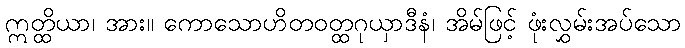
ဣတ္ထိယာ၊ အား။ ကောသောဟိတဝတ္ထဂုယှာဒီနံ၊ အိမ်ဖြင့် ဖုံးလွှမ်းအပ်သော